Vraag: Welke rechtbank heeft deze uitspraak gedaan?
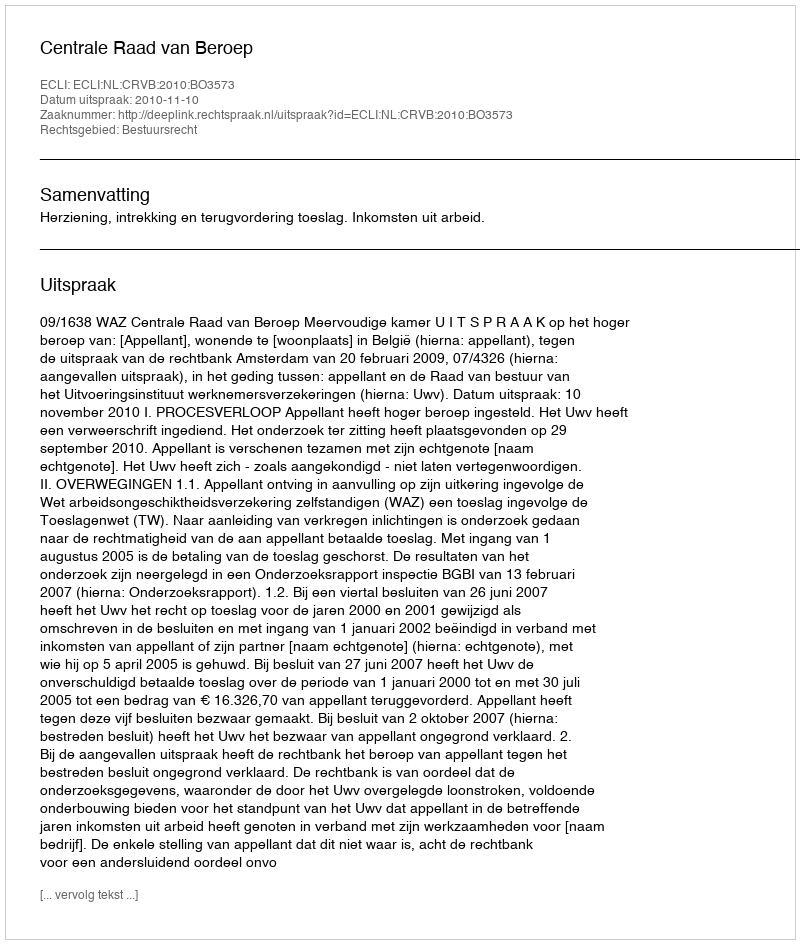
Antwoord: Centrale Raad van Beroep